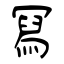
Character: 冩